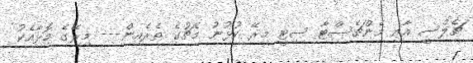
ޗެލްސީ އާއި މެންޗެސްޓާ ސިޓީ މިރޭ ކުޅުނު މެޗުގެ ތެރެއިން--- މިރޭގެ މޮޅާއެކު